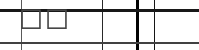
١٣